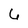
Character: 6